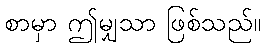
စာမှာ ဤမျှသာ ဖြစ်သည်။